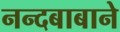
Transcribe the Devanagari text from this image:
नन्दबाबाने